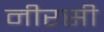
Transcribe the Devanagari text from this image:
नीरसी